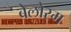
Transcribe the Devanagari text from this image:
बेलोरम